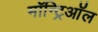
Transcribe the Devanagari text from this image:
मॉन्ट्रिऑल